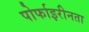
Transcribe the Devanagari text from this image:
पोर्फाइरीनता